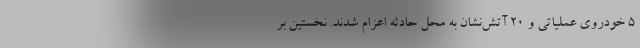
۵ خودروی عملیاتی و ۲۰ آتش‌نشان به محل حادثه اعزام شدند. نخستین بر